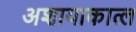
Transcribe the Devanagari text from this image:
अशायाकात्ल